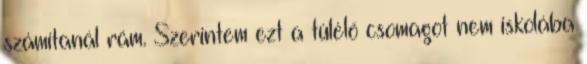
számítanál rám. Szerintem ezt a túlélő csomagot nem iskolába